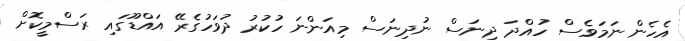
އެހެން ނަމަވެސް ހުއްދަ ދިނަސް ނުދިނަސް މިއަންނަ ހުކުރު ދުވަހުގެރޭ އައްޑޫގައި ރަސްމީކޮށް